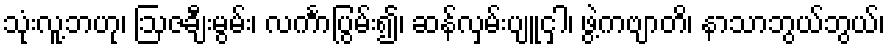
သုံးလူ့ဘဟု၊ ဩဇချီးမွမ်း၊ လင်္ကာပြွမ်း၍၊ ဆန်လှမ်းပျူငှါ၊ ဖွဲ့ကဗျာတိ၊ နာသာဘွယ်ဘွယ်၊